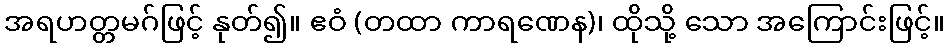
အရဟတ္တမဂ်ဖြင့် နုတ်၍။ ဧဝံ (တထာ ကာရဏေန)၊ ထိုသို့ သော အကြောင်းဖြင့်။